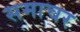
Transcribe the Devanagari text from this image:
समाचर